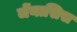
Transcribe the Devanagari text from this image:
जेंनासिस